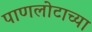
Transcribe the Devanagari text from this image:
पाणलोटाच्या